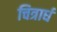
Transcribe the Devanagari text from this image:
चित्रार्ध